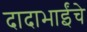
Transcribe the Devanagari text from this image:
दादाभाईंचे